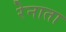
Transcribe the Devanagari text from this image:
रेनाता